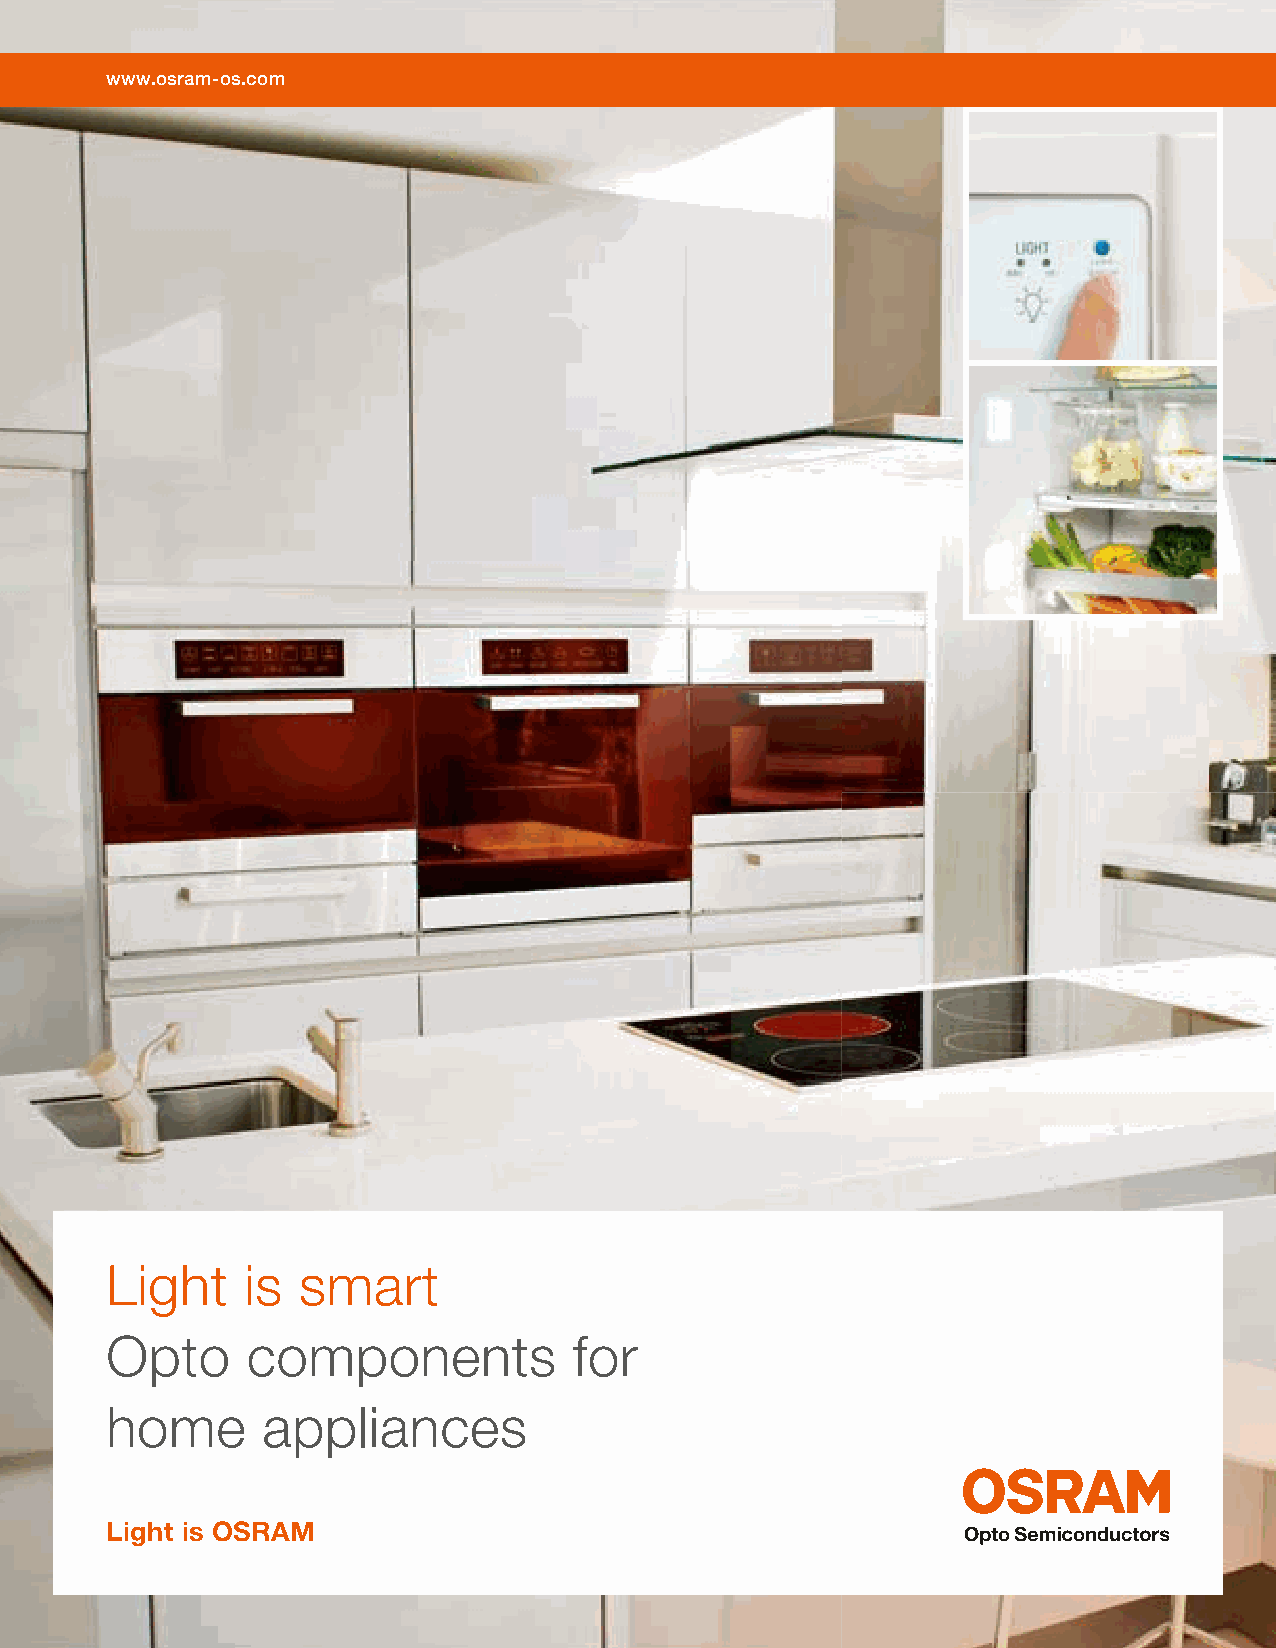
www.osram-os.com
 Light    is  smart
 Opto     components            for
 home      appliances
 Light is OSRAM